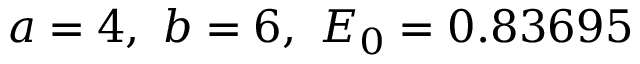
a = 4 , \ b = 6 , \ E _ { 0 } = 0 . 8 3 6 9 5